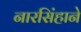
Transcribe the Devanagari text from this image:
नारसिंहाने